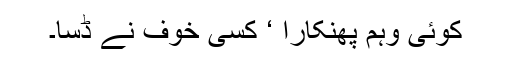
کوئی وہم پھنکارا ‘ کسی خوف نے ڈسا۔